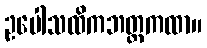
ဥပေါသထိကဘတ္တကထာ။